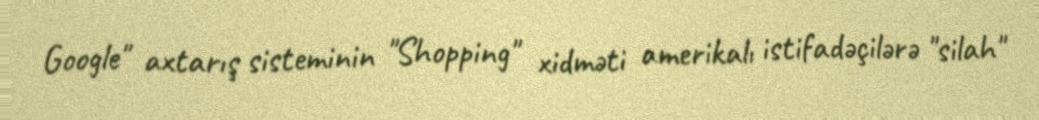
Google" axtarış sisteminin "Shopping" xidməti amerikalı istifadəçilərə "silah"